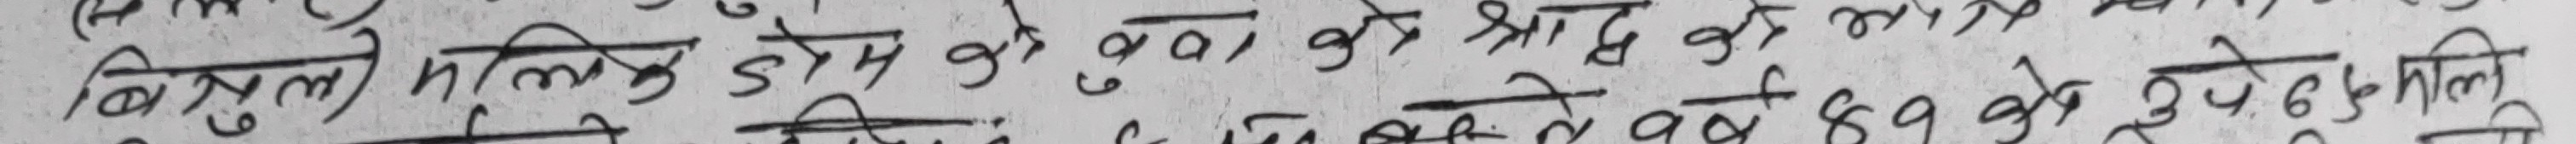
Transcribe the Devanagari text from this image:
बिमल / मिलन डोम को कुवा के श्री आद के लख के वै ६९ के रुपेश मिलि